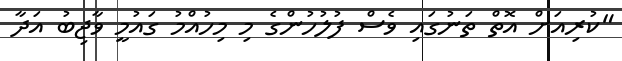
"ކުރިއަށް އޮތް ތަނުގައި ވެސް ފުލުހުންގެ މި މިހުއްމު ގައުމީ ވާޖިބު އަދާ